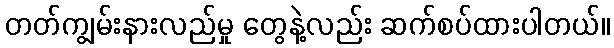
တတ်ကျွမ်းနားလည်မှု တွေနဲ့လည်း ဆက်စပ်ထားပါတယ်။